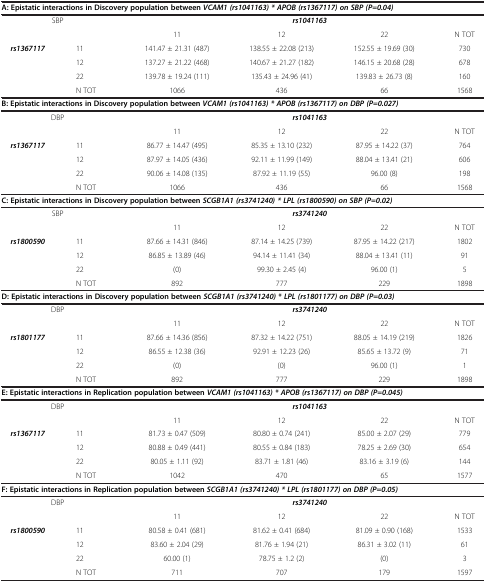
<table><thead><tr><td colspan="6"><b>A: Epistatic interactions in Discovery population between<i>VCAM1 (rs1041163) * APOB (rs1367117) on SBP (P=0.04)</i></b></td></tr></thead><tbody><tr><td colspan="2">SBP</td><td colspan="4"><b><i>rs1041163</i></b></td></tr><tr><td colspan="2"> </td><td>11</td><td>12</td><td>22</td><td>N TOT</td></tr><tr><td rowspan="3"><b><i>rs1367117</i></b></td><td>11</td><td>141.47 ± 21.31 (487)</td><td>138.55 ± 22.08 (213)</td><td>152.55 ± 19.69 (30)</td><td>730</td></tr><tr><td>12</td><td>137.27 ± 21.22 (468)</td><td>140.67 ± 21.27 (182)</td><td>146.15 ± 20.68 (28)</td><td>678</td></tr><tr><td>22</td><td>139.78 ± 19.24 (111)</td><td>135.43 ± 24.96 (41)</td><td>139.83 ± 26.73 (8)</td><td>160</td></tr><tr><td> </td><td>N TOT</td><td>1066</td><td>436</td><td>66</td><td>1568</td></tr><tr><td colspan="6"><b>B: Epistatic interactions in Discovery population between</b><b><i>VCAM1 (rs1041163) * APOB (rs1367117) on DBP (P=0.027)</i></b></td></tr><tr><td rowspan="2" colspan="2">DBP</td><td colspan="4"><b><i>rs1041163</i></b></td></tr><tr><td>11</td><td>12</td><td>22</td><td>N TOT</td></tr><tr><td rowspan="3"><b><i>rs1367117</i></b></td><td>11</td><td>86.77 ± 14.47 (495)</td><td>85.35 ± 13.10 (232)</td><td>87.95 ± 14.22 (37)</td><td>764</td></tr><tr><td>12</td><td>87.97 ± 14.05 (436)</td><td>92.11 ± 11.99 (149)</td><td>88.04 ± 13.41 (21)</td><td>606</td></tr><tr><td>22</td><td>90.06 ± 14.08 (135)</td><td>87.92 ± 11.19 (55)</td><td>96.00 (8)</td><td>198</td></tr><tr><td> </td><td>N TOT</td><td>1066</td><td>436</td><td>66</td><td>1568</td></tr><tr><td colspan="6"><b>C: Epistatic interactions in Discovery population between</b><b><i>SCGB1A1 (rs3741240) * LPL (rs1800590) on SBP (P=0.02)</i></b></td></tr><tr><td rowspan="2" colspan="2">SBP</td><td colspan="4"><b><i>rs3741240</i></b></td></tr><tr><td>11</td><td>12</td><td>22</td><td>N TOT</td></tr><tr><td rowspan="3"><b><i>rs1800590</i></b></td><td>11</td><td>87.66 ± 14.31 (846)</td><td>87.14 ± 14.25 (739)</td><td>87.95 ± 14.22 (217)</td><td>1802</td></tr><tr><td>12</td><td>86.85 ± 13.89 (46)</td><td>94.14 ± 11.41 (34)</td><td>88.04 ± 13.41 (11)</td><td>91</td></tr><tr><td>22</td><td>(0)</td><td>99.30 ± 2.45 (4)</td><td>96.00 (1)</td><td>5</td></tr><tr><td> </td><td>N TOT</td><td>892</td><td>777</td><td>229</td><td>1898</td></tr><tr><td colspan="6"><b>D: Epistatic interactions in Discovery population between</b><b><i>SCGB1A1 (rs3741240) * LPL (rs1801177) on DBP (P=0.03)</i></b></td></tr><tr><td rowspan="2" colspan="2">DBP</td><td colspan="4"><b><i>rs3741240</i></b></td></tr><tr><td>11</td><td>12</td><td>22</td><td>N TOT</td></tr><tr><td rowspan="3"><b><i>rs1801177</i></b></td><td>11</td><td>87.66 ± 14.36 (856)</td><td>87.32 ± 14.22 (751)</td><td>88.05 ± 14.19 (219)</td><td>1826</td></tr><tr><td>12</td><td>86.55 ± 12.38 (36)</td><td>92.91 ± 12.23 (26)</td><td>85.65 ± 13.72 (9)</td><td>71</td></tr><tr><td>22</td><td>(0)</td><td>(0)</td><td>96.00 (1)</td><td>1</td></tr><tr><td> </td><td>N TOT</td><td>892</td><td>777</td><td>229</td><td>1898</td></tr><tr><td colspan="6"><b>E: Epistatic interactions in Replication population between</b><b><i>VCAM1 (rs1041163) * APOB (rs1367117) on DBP (P=0.045)</i></b></td></tr><tr><td rowspan="2" colspan="2">DBP</td><td colspan="4"><b><i>rs1041163</i></b></td></tr><tr><td>11</td><td>12</td><td>22</td><td>N TOT</td></tr><tr><td rowspan="3"><b><i>rs1367117</i></b></td><td>11</td><td>81.73 ± 0.47 (509)</td><td>80.80 ± 0.74 (241)</td><td>85.00 ± 2.07 (29)</td><td>779</td></tr><tr><td>12</td><td>80.88 ± 0.49 (441)</td><td>80.55 ± 0.84 (183)</td><td>78.25 ± 2.69 (30)</td><td>654</td></tr><tr><td>22</td><td>80.05 ± 1.11 (92)</td><td>83.71 ± 1.81 (46)</td><td>83.16 ± 3.19 (6)</td><td>144</td></tr><tr><td> </td><td>N TOT</td><td>1042</td><td>470</td><td>65</td><td>1577</td></tr><tr><td colspan="6"><b>F: Epistatic interactions in Replication population between</b><b><i>SCGB1A1 (rs3741240) * LPL (rs1801177) on DBP (P=0.05)</i></b></td></tr><tr><td rowspan="2" colspan="2">DBP</td><td colspan="4"><b><i>rs3741240</i></b></td></tr><tr><td>11</td><td>12</td><td>22</td><td>N TOT</td></tr><tr><td rowspan="3"><b><i>rs1800590</i></b></td><td>11</td><td>80.58 ± 0.41 (681)</td><td>81.62 ± 0.41 (684)</td><td>81.09 ± 0.90 (168)</td><td>1533</td></tr><tr><td>12</td><td>83.60 ± 2.04 (29)</td><td>81.76 ± 1.94 (21)</td><td>86.31 ± 3.02 (11)</td><td>61</td></tr><tr><td>22</td><td>60.00 (1)</td><td>78.75 ± 1.2 (2)</td><td>(0)</td><td>3</td></tr><tr><td> </td><td>N TOT</td><td>711</td><td>707</td><td>179</td><td>1597</td></tr></tbody></table>